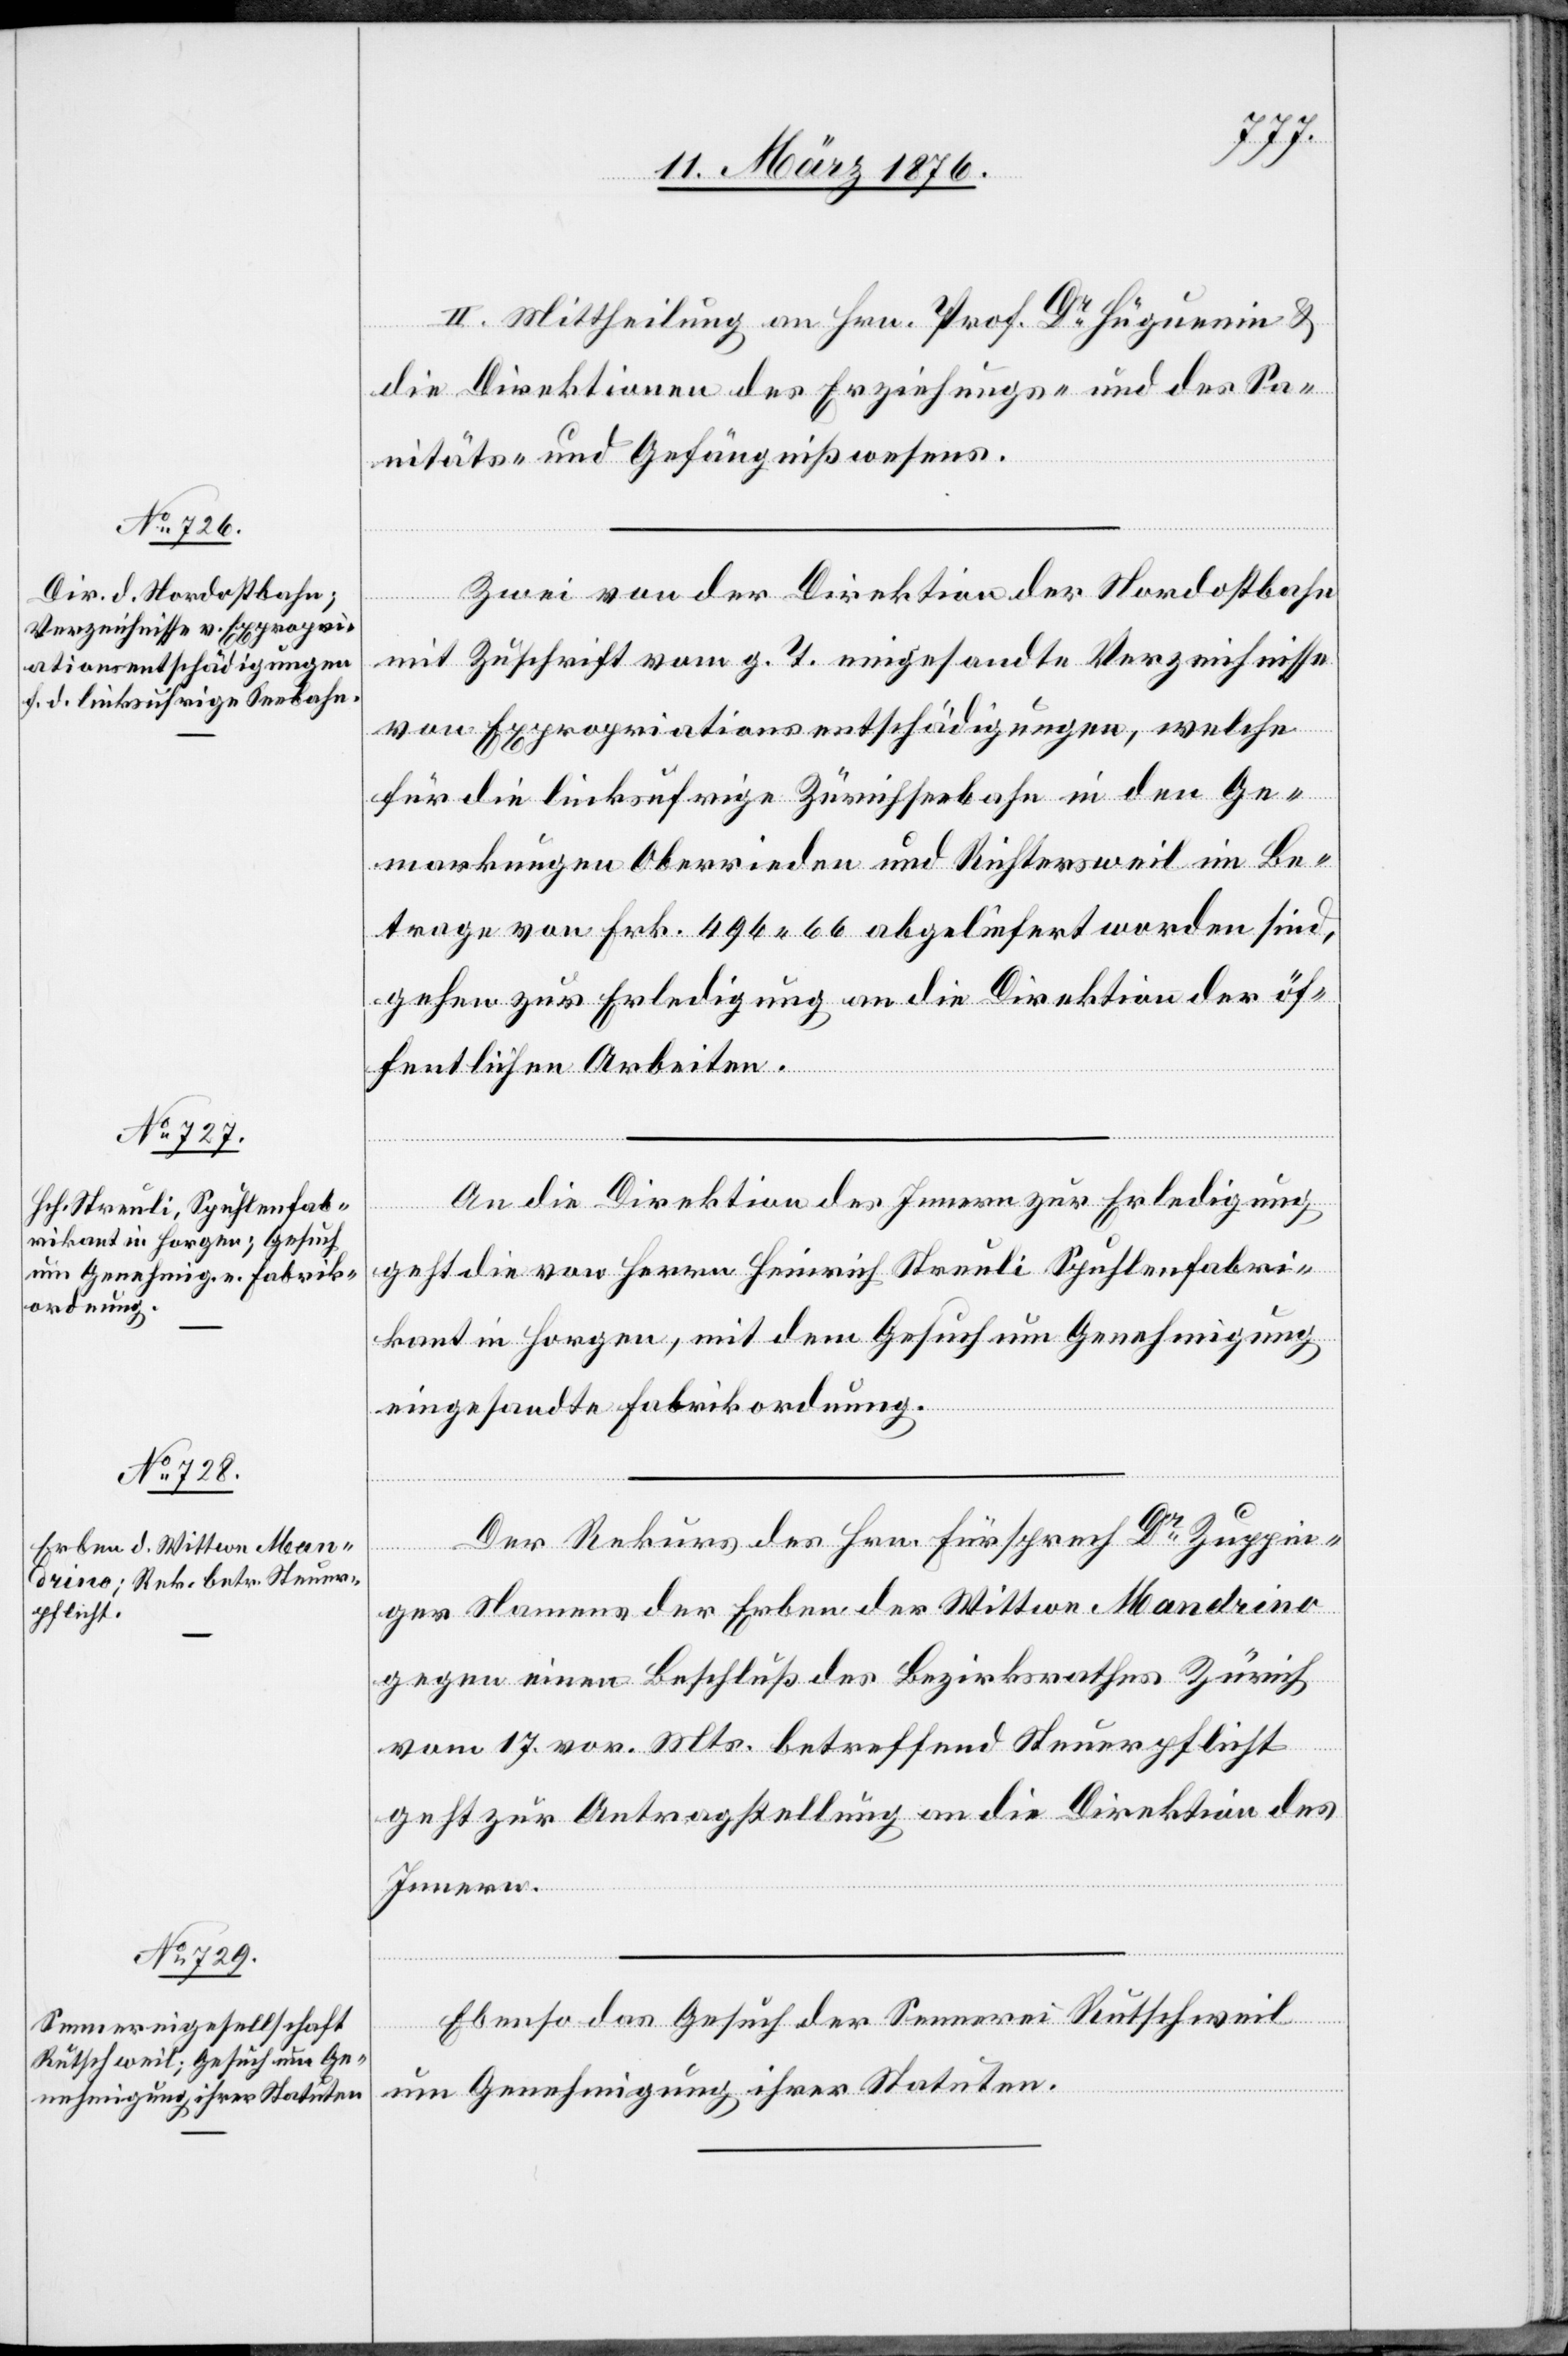
16. März 1876.]
II. Mittheilung an Hrn. Prof. Dr Hüguenin &
die Direktionen des Erziehungs- und des Sa¬
nitäts- und Gefängnißwesens.
Zwei von der Direktion der Nordostbahn
mit Zuschrift vom g. T. eingesandte Verzeichnisse
von Expropriationsentschädigungen, welche
für die linksufrige Zürichseebahn in den Ge¬
markungen Oberrieden und Richtersweil im Be¬
trage von Frk. 496 66 abgeliefert worden sind,
gehen zur Erledigung an die Direktion der öf¬
fentlichen Arbeiten.
An die Direktion des Innern zur Erledigung
geht die von Herrn Heinrich Streuli Spuhlenfabri¬
kant in Horgen, mit dem Gesuch um Genehmigung
eingesandte Fabrikordnung.
Der Rekurs des Hrn. Fürsprech Dr Zuppin¬
ger Namens der Erben der Wittwe Mandrino
gegen einen Beschluß des Bezirksrathes Zürich
vom 17. vor. Mts. betreffend Steuerpflicht
geht zur Antragstellung an die Direktion des
Innern.
Ebenso das Gesuch der Sennerei Rutschweil
um Genehmigung ihrer Statuten.